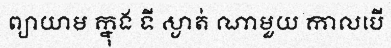
ព្យាយាម ក្នុង ទី ស្ងាត់ ណាមួយ កាលបើ